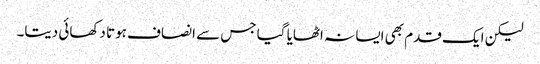
لیکن ایک قدم بھی ایسا نہ اٹھایا گیا جس سے انصاف ہوتا دکھائی دیتا۔